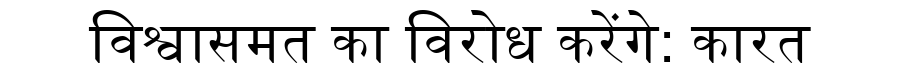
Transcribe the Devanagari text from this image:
विश्वासमत का विरोध करेंगे: कारत